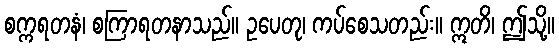
စက္ကရတနံ၊ စကြာရတနာသည်။ ဥပေတု၊ ကပ်စေသတည်း။ ဣတိ၊ ဤသို့။